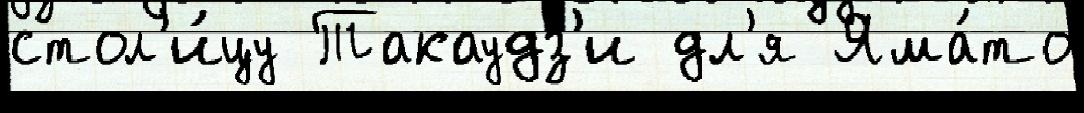
стол'и́цу Такаудз'и дл'я Яма́то